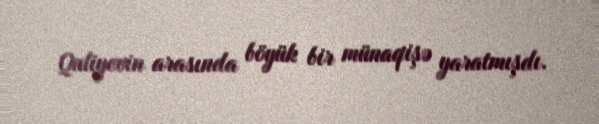
Quliyevin arasında böyük bir münaqişə yaratmışdı.